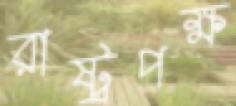
রাষ্ট্রপক্ষ